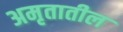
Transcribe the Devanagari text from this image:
अमृतातील